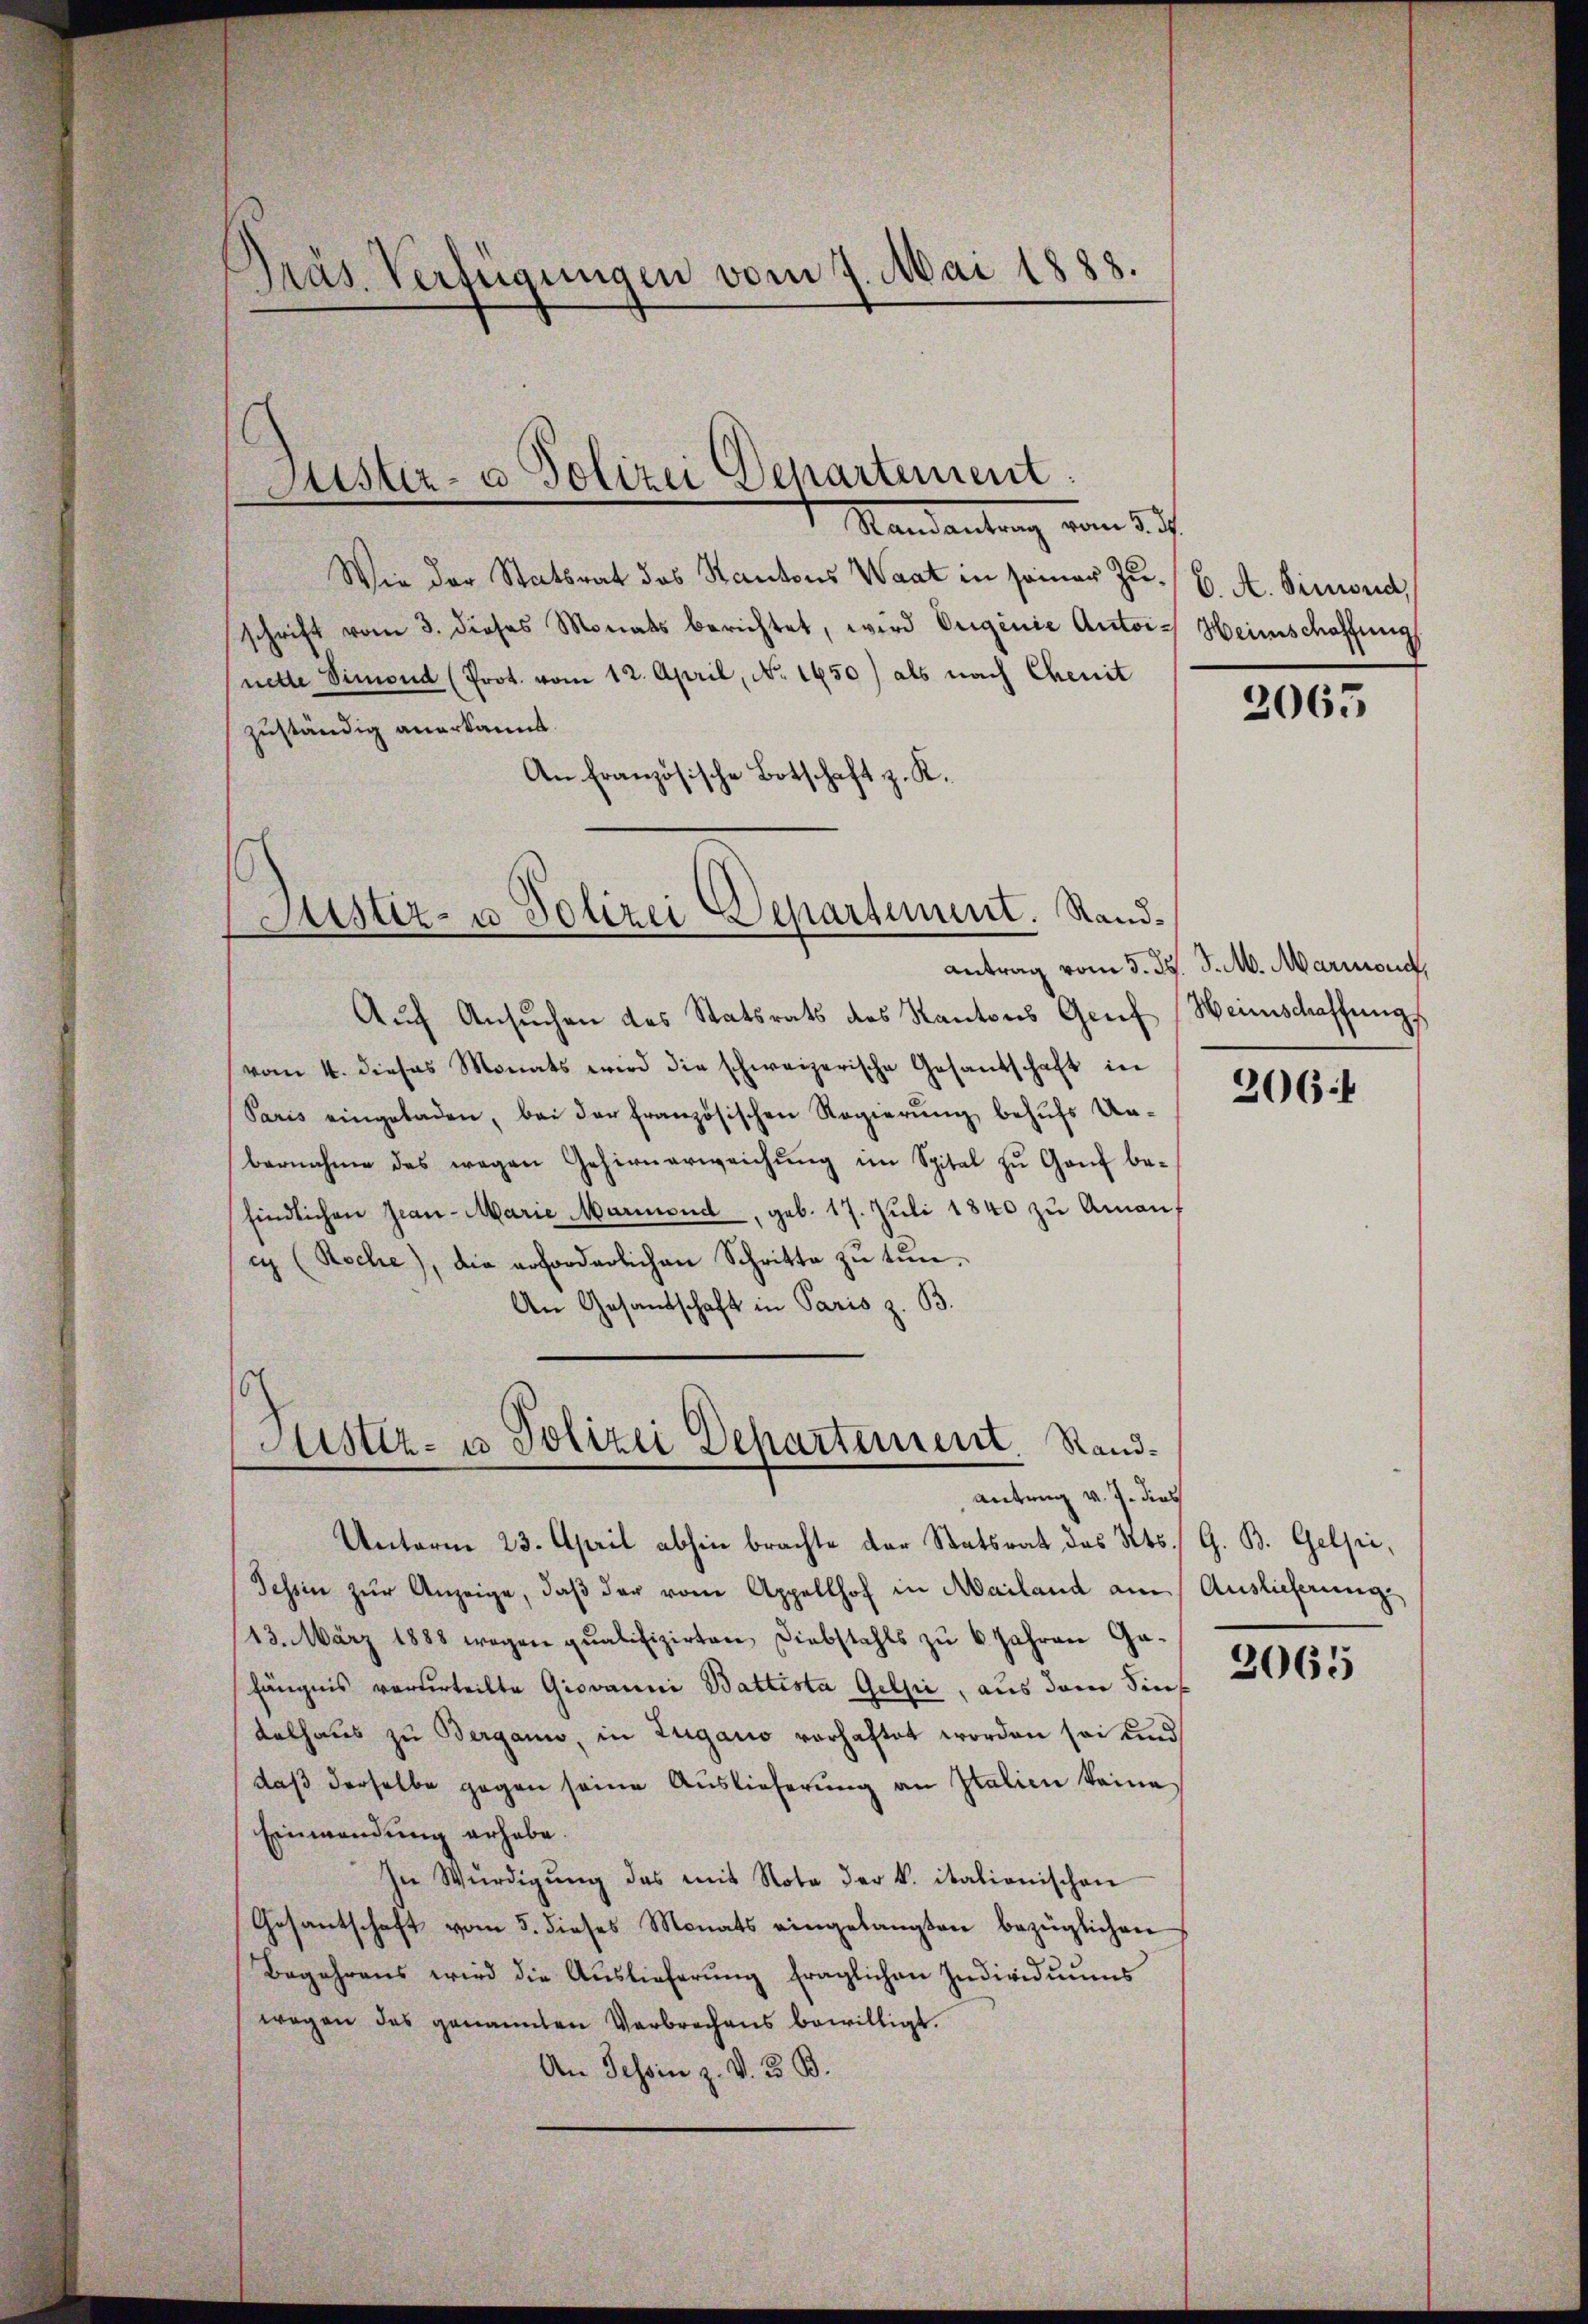
Präs. Verfügungen vom 7. Mai 1883.

Wie der Statsrat des Kantons Waat in seiner Zuschrift vom 3. dieses Monats berichtet, wird Originie Antois Heimschaffung
nette Simond (Prot. vom 12. April, No 1450) als nach Chenit
zuständig anerkannt.
An Französische Botschaft z. K.

Auch Ansuchen des Statsrats des Kantons Gruf
vom 4. dieses Monats wird die schweizerische Gesandschaft in
Paris eingeladen, bei der französischen Regierung behufs Unbernahme das wegen Gehirnerweichŭng im Spital zu Genf be-
findlichen Jean-Marie Marmond, geb. 17. Juli 1840 zu Amanf
i (Koche), die erforderlichen Schritte zu tun¬
An Gesandschaft in Paris z. B.

Justiz- u Polizei Departement.
Mandantung vom 27.

Justiz- u Polizei Departement. Rand¬

Justiz- u Polizei Departement. Sandantrag v. J. dies

Unterm 23. April abhin brachte der Statsrat des Kts. G. B. Gelsie,
Tessin zur Anzeige, daß der vom Appellhof in Mailand am Auslieferungs
113. März 1888 wegen qualifizirten, Diebstahls zu 6 Jahren Gafängnis verurteilte Giovanni Battista Gelpi, aus dem Fins
dalhaus zu Bergann, in Zugano vorhaftet worden sei und
daß derselbe gegen seine Auslieferung an Italien keine
Einwendung erhabe.
In Würdigŭng des mit Note der k. italienischen
Gesantschaft vom 5. dieses Monats eingelangten bezüglichen
Begehrens wird die Auslieferŭng fraglichen Individuums
wegen des genannten Verbrechens bewilligt.
An Tessin z. v. 3. B.

6. A. Simond,

2065

Antrag vom 5. d. J. M. Marmond,
Heinschaffung

2064

2065